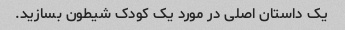
یک داستان اصلی در مورد یک کودک شیطون بسازید.